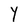
Character: Y